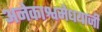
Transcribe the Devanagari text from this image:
अनेकाश्वमेधयाजी